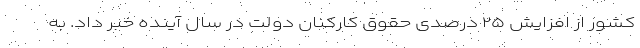
کشور از افزایش ۲۵ درصدی حقوق کارکنان دولت در سال آینده خبر داد. به